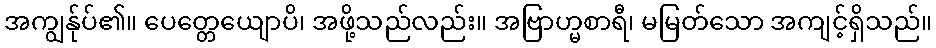
အကျွန်ုပ်၏။ ပေတ္တေယျောပိ၊ အဖို့သည်လည်း။ အဗြာဟ္မစာရီ၊ မမြတ်သော အကျင့်ရှိသည်။